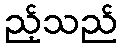
ည့်သည်